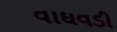
વાઘવડી